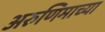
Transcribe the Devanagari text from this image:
अरुणिमाच्या